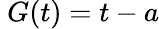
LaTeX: \ G(t)=t-a